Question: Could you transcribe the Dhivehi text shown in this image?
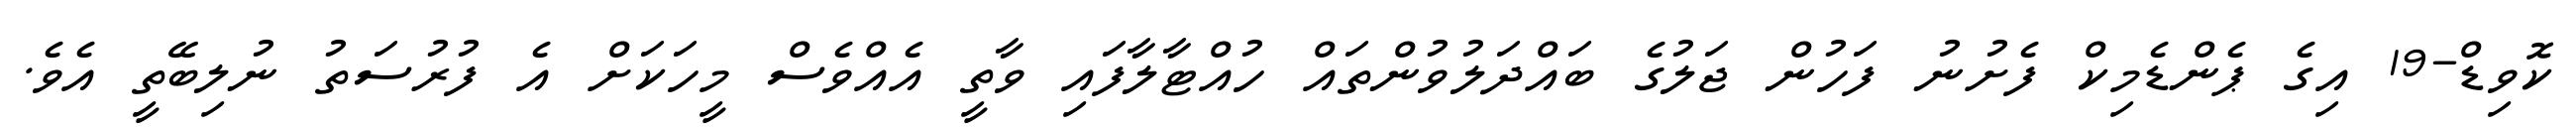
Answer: ކޮވިޑް-19 އިގެ ޕެންޑެމިކް ފެށުނު ފަހުން ޖަލުގެ ބައްދަލުވުންތައް ހުއްޓާލާފައި ވާތީ އެއްވެސް މީހަކަށް އެ ފުރުސަތު ނުލިބޭތީ އެވެ.